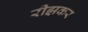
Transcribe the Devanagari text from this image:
रीझकर